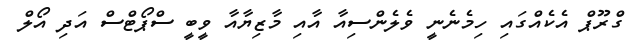
ގްރޫޕް އެކެއްގައި ހިމެނެނީ ވެލެންސިއާ އާއި މާޒިޔާއާ ވީބީ ސްޕޯޓްސް އަދި އޯލް